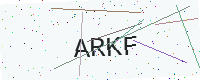
Text: ARKF